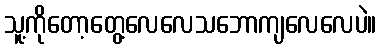
သူ့ကိုတော့တွေ့လေလေသဘောကျလေလေပဲ။